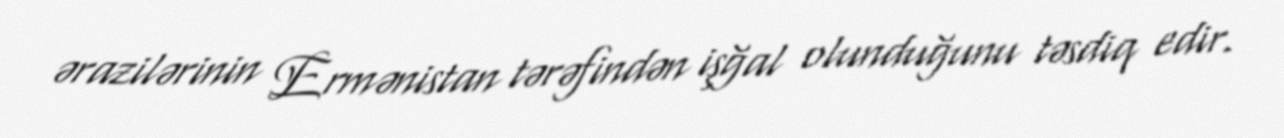
ərazilərinin Ermənistan tərəfindən işğal olunduğunu təsdiq edir.